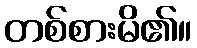
တစ်စားမိ၏။